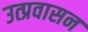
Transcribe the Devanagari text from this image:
उत्प्रवासन